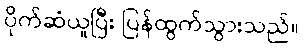
ပိုက်ဆံယူပြီး ပြန်ထွက်သွားသည်။